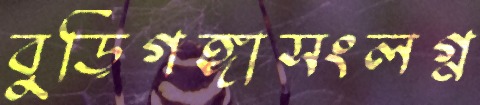
বুড়িগঙ্গাসংলগ্ন